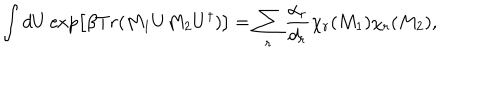
LaTeX: \int d U \exp \left[ \beta T r ( M _ { 1 } U M _ { 2 } U ^ { \dagger } ) \right] = \sum _ { r } \frac { \alpha _ { r } } { d _ { r } } \chi _ { r } ( M _ { 1 } ) \chi _ { r } ( M _ { 2 } ) ,